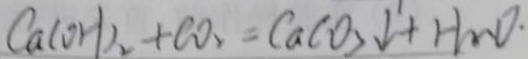
C a ( O H ) _ { 2 } + C O _ { 2 } = C a C O _ { 3 } \downarrow + H _ { 2 } O \cdot